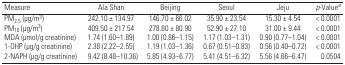
| Measure | Ala Shan | Beijing | Seoul | Jeju | p-Valuea |
 | --- | --- | --- | --- | --- | --- |
 | PM2.5 (μg/m3) | 242.10 ± 134.97 | 146.70 ± 66.02 | 35.90 ± 23.54 | 15.30 ± 4.54 | < 0.0001 |
 | PM10 (μg/m3) | 409.50 ± 217.54 | 278.80 ± 80.90 | 52.90 ± 27.10 | 31.00 ± 9.44 | < 0.0001 |
 | MDA (μmol/g creatinine) | 1.74 (1.60–1.89) | 1.00 (0.86–1.15) | 1.17 (1.03–1.31) | 0.90 (0.77–1.04) | < 0.0001 |
 | 1-OHP (μg/g creatinine) | 2.38 (2.22–2.55) | 1.19 (1.03–1.36) | 0.67 (0.51–0.83) | 0.56 (0.40–0.72) | < 0.0001 |
 | 2-NAPH (μg/g creatinine) | 9.42 (8.48–10.36) | 5.85 (4.93–6.77) | 5.41 (4.51–6.32) | 5.56 (4.66–6.47) | 0.0504 |